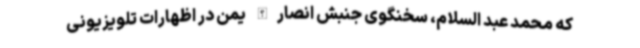
که محمد عبد السلام، سخنگوی جنبش انصارالله یمن در اظهارات تلویزیونی